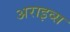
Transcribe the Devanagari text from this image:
अराइव्स